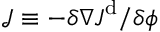
\mathcal { J } \equiv - { \delta \nabla \boldsymbol { J } ^ { \mathrm { d } } } / { \delta \phi }